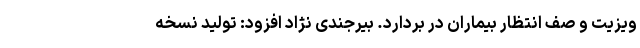
ویزیت و صف انتظار بیماران در بردارد. بیرجندی نژاد افزود: تولید نسخه